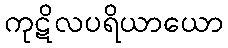
ကုဋိလပရိယာယော